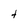
Character: t